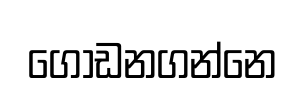
ගොඩනගන්නෙ